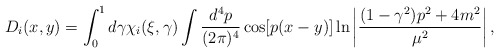
\begin{align*}D_i(x,y) = \int_0^1 d\gamma \chi_i(\xi, \gamma)\int {d^4p\over{(2 \pi)^4}} \cos[p (x-y)]\ln\left|{{(1-\gamma^2)p^2 + 4 m^2}\over{\mu^2}}\right|,\end{align*}